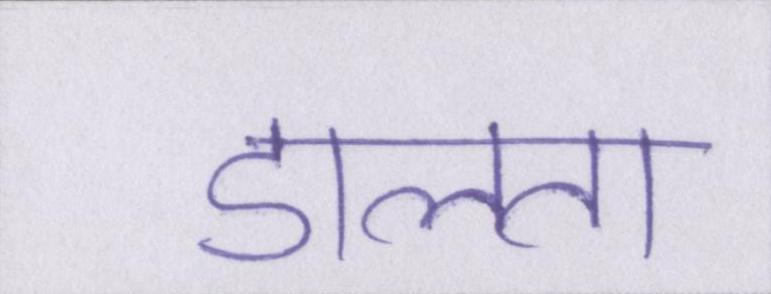
डालता